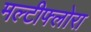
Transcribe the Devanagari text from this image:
मल्टीफ्लोरा